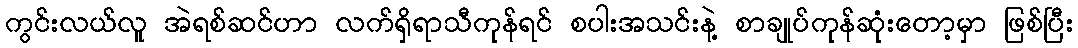
ကွင်းလယ်လူ အဲရစ်ဆင်ဟာ လက်ရှိရာသီကုန်ရင် စပါးအသင်းနဲ့ စာချုပ်ကုန်ဆုံးတော့မှာ ဖြစ်ပြီး